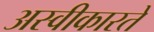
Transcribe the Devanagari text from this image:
अस्‍वीकारते